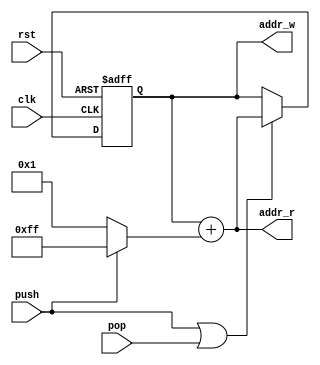
module stack_pointer
#(
	parameter              NDATAW = 8,  // Numero de bits de endereco da memoria
	parameter [NDATAW-1:0] NDATAS = 8   // Numero de enderecos da memoria
)
(
	input               clk, rst,
	input               push, pop,
	output [NDATAW-1:0] addr_w, addr_r
);

reg         [NDATAW-1:0] cnt =    NDATAS-{{NDATAW-1{1'b0}}, {1'b1}};
wire signed [NDATAW-1:0] pm  = (push) ? -{{NDATAW-1{1'b0}}, {1'b1}} : {{NDATAW-1{1'b0}}, {1'b1}};

always @ (posedge clk or posedge rst) begin
	if (rst)
		cnt <= NDATAS-{{NDATAW-1{1'b0}}, {1'b1}};
	else if (push | pop)
		cnt <= cnt + pm;
end

assign addr_w = cnt;
assign addr_r = cnt + pm;

endmodule